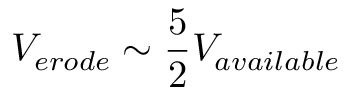
V _ { e r o d e } \sim \frac { 5 } { 2 } V _ { a v a i l a b l e }